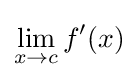
\lim _{x\to c}f'(x)